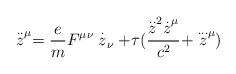
\begin{align*}\stackrel{..}{z}^\mu=\frac{e}{m}F^{\mu\nu}\stackrel{.}{z}_\nu +\tau (\frac{\stackrel{..}{z}^2\stackrel{.}{z}^\mu}{c^2} +\stackrel{...}{z}^\mu)\end{align*}